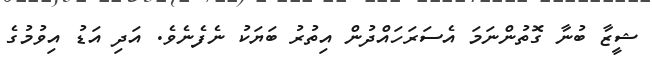
ޝީޒާ ބުނާ ގޮތުންނަމަ އެސަރަހައްދުން އިތުރު ބަޔަކު ނެފެނެވެ. އަދި އަޑު އިވުމުގެ